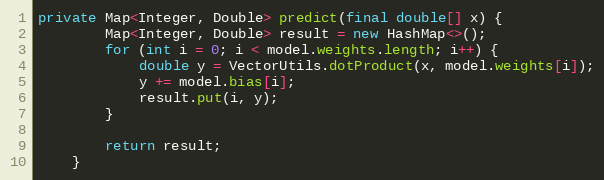
Language: Java
private Map<Integer, Double> predict(final double[] x) {
        Map<Integer, Double> result = new HashMap<>();
        for (int i = 0; i < model.weights.length; i++) {
            double y = VectorUtils.dotProduct(x, model.weights[i]);
            y += model.bias[i];
            result.put(i, y);
        }

        return result;
    }